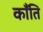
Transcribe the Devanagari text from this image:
कॉँति